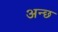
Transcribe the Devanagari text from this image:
अन्छ